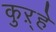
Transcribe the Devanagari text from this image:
कुऱ्हे